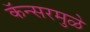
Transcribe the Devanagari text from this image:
कॅन्सरमुळे